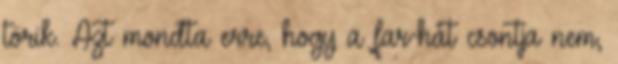
törik. Azt mondta erre, hogy a far-hát csontja nem,